Burma Government Medical School reports 1907-22
Year: 1907
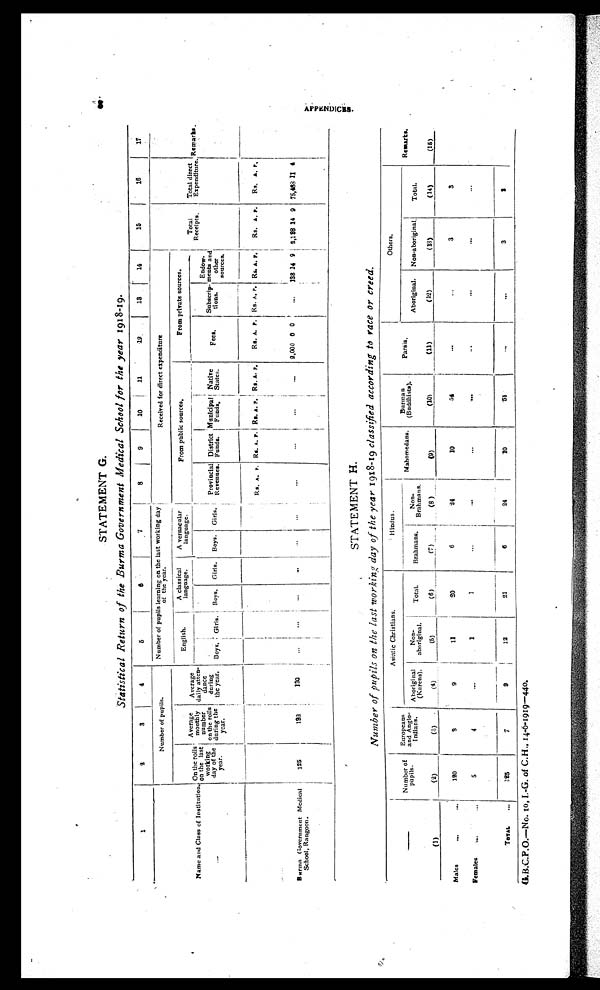
STATEMENT G.
Statistical Return of the Burma Government Medical School for the year 1918-19.
1
2
3 1
4
5
6 7
8
9
10
11
12
13
14
15
16
17
Name and Class of Institution.
Number of pupils.
Number of pupils learning on the last working day
o f t h e y e a r .
Received for direct expenditure
Total
Receipts. Total direct
Expenditure. Remarke.
On the rolls
on the last
working
day of the
year.
Average
monthly
number
on the rolls
during the
year.
Average
daily atten-
dance
during
the year,
English. A classical .
language.
A vernacularl a n g u a g e
From public sources.
From private sources.
Boys. Girls. Boys. Girls. Boys. Girls. Provincial
Revenues. District
Funds.
Municipal Funds. Native
States.
Fees. Subscrip-
tions.
Endow-
ments and
other
sources.
Rs. A. P. Rs. A. P. Rs. A. P. Rs. A. P. Rs. A. P. Rs. A. P. Rs. A. P. Rs. A. P. Rs. A. P.
Burma Government Medical
School, Rangoon.
125
132
130
. . .
...
. . .
. . .
...
. . .
.. 2,000 0 0
... 138 14 9 8,138 14 9
7 5 , 4 8 8 11 4
STATEMENT H.
Number of pupils on the last working day of the year 1918-19 classified according to race or creed.
Numbr of
pupils.
Europeans
and Anglo-
Indians.
Asiatic Christians.
f' Hindus.
_ Mahomedans. Burma n
(Buddhists).
Parsis.
Others.
Remarks.
Aboriginal
(Karens).
Non-
aboriginal.
Total.
Brahmans.
Non-
Brahmans
Aboriginal. Non-a boriginal.
Total.
(1)
_(2)
(3)
( 4 )
(5)
(6)
( 7 )
( 7 )
(8 )
( 9 )
(10)
(11)
(12)
(13)
_ (14)
(15)
Males
. . .
120 1
9
9
11
20
6
24
10
54
. . .
. . .
3
3
Females ...
5
4
...
1
1
. . .
. . .
. . .
. . . ...
. . .
. . .
. . .
TOTAL ...
125
7
9
12
21
6
24
10
5 4
. . .
3
3
G.B.C.P.O.—No. 10, I.-G. of C.H., 14-6-1919—440.
5
AP P E NDI C E S .